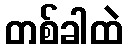
တစ်ခါထဲ